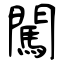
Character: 闖